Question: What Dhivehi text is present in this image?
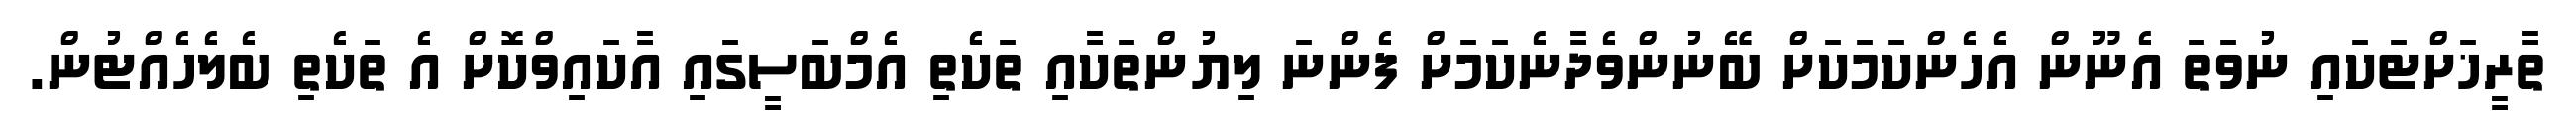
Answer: ތާރީޚަށްޓަކައި ނުވަތަ އެނޫން އެހެންކަމަކަށް ބޭނުންވެދާނެކަމަށް ފެންނަ ލިޔުންތަކާއި ތަކެތި އެމްބަސީގައި އާކައިވްކޮށް އެ ތަކެތި ބެލެހެއްޓުން.